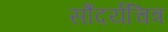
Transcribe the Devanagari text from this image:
सौंदर्यचित्र